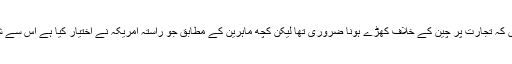
امریکہ میں کئی لوگ سمجھتے ہیں کہ تجارت پر چین کے خلاف کھڑے ہونا ضروری تھا لیکن کچھ ماہرین کے مطابق جو راستہ امریکہ نے اختیار کیا ہے اس سے شاید وہ تجارتی جنگ ہار جائے گا۔